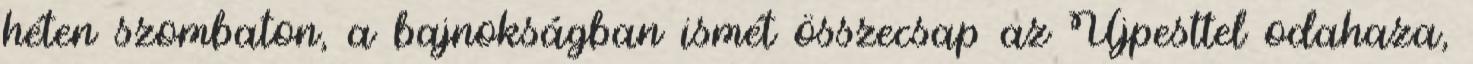
héten szombaton, a bajnokságban ismét összecsap az Újpesttel odahaza,